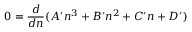
0 = \frac { d } { d n } ( A ^ { \prime } n ^ { 3 } + B ^ { \prime } n ^ { 2 } + C ^ { \prime } n + D ^ { \prime } )